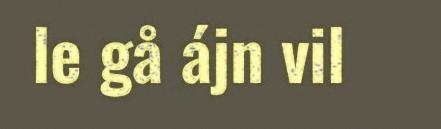
le gå ájn vil